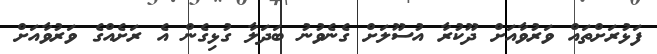
ފަޅުރަށްތައް ވަރުވާއަށް ދޫކުރާ އުސޫލަށް ގެނެވުނު ބަދަލާ ގުޅިގެން އެ ރަށެއްގެ ވަރުވާއަށް